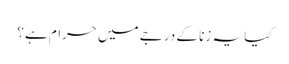
کیا یہ زنا کے درجے میں حرام ہے؟